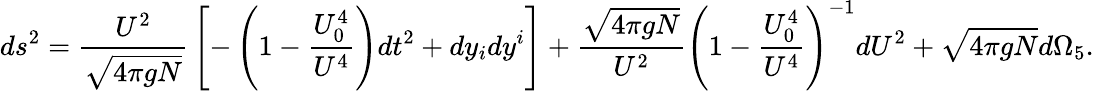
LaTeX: ds^{2}={\frac{U^{2}}{\sqrt{4\pi gN}}}\left[-\left(1-{\frac{U_{0}^{4}}{U^{4}}}\right)dt^{2}+dy_{i}dy^{i}\right]+{\frac{\sqrt{4\pi gN}}{U^{2}}}\left(1-{\frac{U_{0}^{4}}{U^{4}}}\right)^{-1}dU^{2}+\sqrt{4\pi gN}d\Omega_{5}.